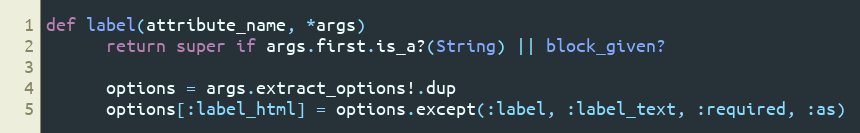
Language: Ruby
def label(attribute_name, *args)
      return super if args.first.is_a?(String) || block_given?

      options = args.extract_options!.dup
      options[:label_html] = options.except(:label, :label_text, :required, :as)